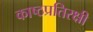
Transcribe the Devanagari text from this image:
काष्ठप्रतिरक्षी